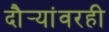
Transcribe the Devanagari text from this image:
दौर्‍यांवरही